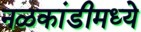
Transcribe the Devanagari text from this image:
नळकांडीमध्ये